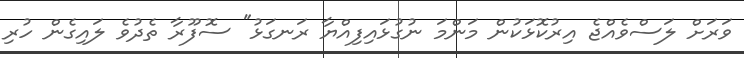
ވަރަށް ލަސްވެއްޖެ އިރުކޮޅަކުން މަންމަ ނުގުޅައިފިއްޔާ ރަނގަޅު" ސޮފޫރާ ތެދުވެ ލައިގެން ހުރި